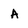
Character: A